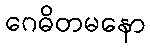
ဂေဓိတမနော